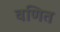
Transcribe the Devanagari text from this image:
वणित